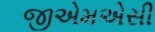
જીએમએસી